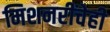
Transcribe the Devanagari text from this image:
मिशनरींचेही